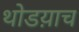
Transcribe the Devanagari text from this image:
थोडय़ाच